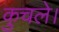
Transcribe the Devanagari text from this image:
कुचले।